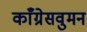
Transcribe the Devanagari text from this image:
काँग्रेसवुमन